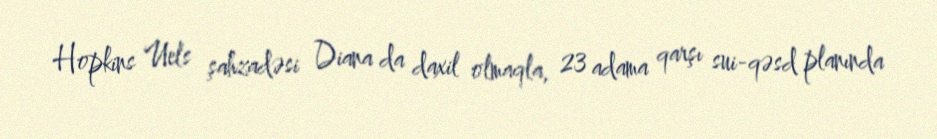
Hopkins Uels şahzadəsi Diana da daxil olmaqla, 23 adama qarşı sui-qəsd planında